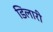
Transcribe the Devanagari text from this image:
डिलारी